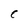
Character: C